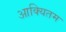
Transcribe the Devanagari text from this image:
आक्यितम